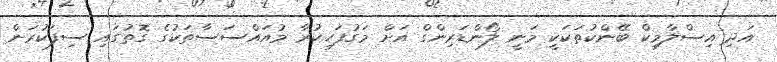
އަދި އިސްލާމިކް ބޭންކުތަކަކީ މަނީ ލޯންޑަރިންގް އަށް މަގުފަހިކުރާ މުއައްސަސާތަކުގެ ގޮތުގައި ސިފަކުރަން